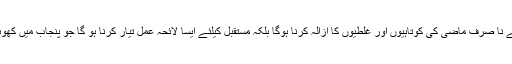
بھٹو کا سیاسی وارث بننے کے لیے نا صرف ماضی کی کوتاہیوں اور غلطیوں کا ازالہ کرنا ہوگا بلکہ مستقبل کیلئے ایسا لائحہ عمل تیار کرنا ہو گا جو پنجاب میں کھوئی سیاسی ساکھ کو واپس لا سکے۔